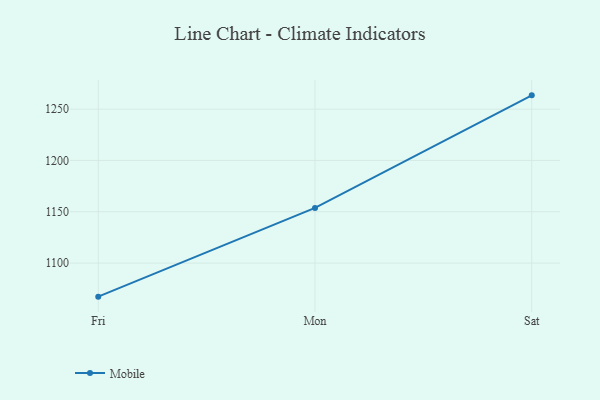
{"axis": {"x": "Day", "y": "Latency (ms)"}, "legend": ["Mobile"], "data": [{"x": "Fri", "y": 1067.3, "type": "Mobile"}, {"x": "Mon", "y": 1153.7, "type": "Mobile"}, {"x": "Sat", "y": 1263.4, "type": "Mobile"}]}